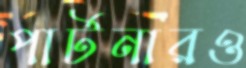
পার্টনারও